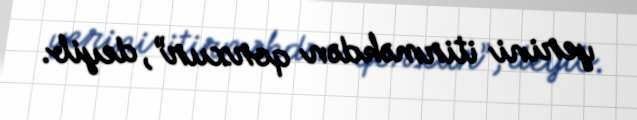
yerini itirməkdən qorxur”, deyib.